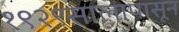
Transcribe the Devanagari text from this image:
१९२९सालापासून